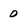
Character: 0